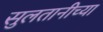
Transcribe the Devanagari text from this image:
सुलतानीच्या